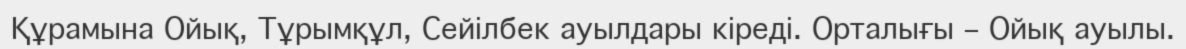
Құрамына Ойық, Тұрымқұл, Сейілбек ауылдары кіреді. Орталығы – Ойық ауылы.